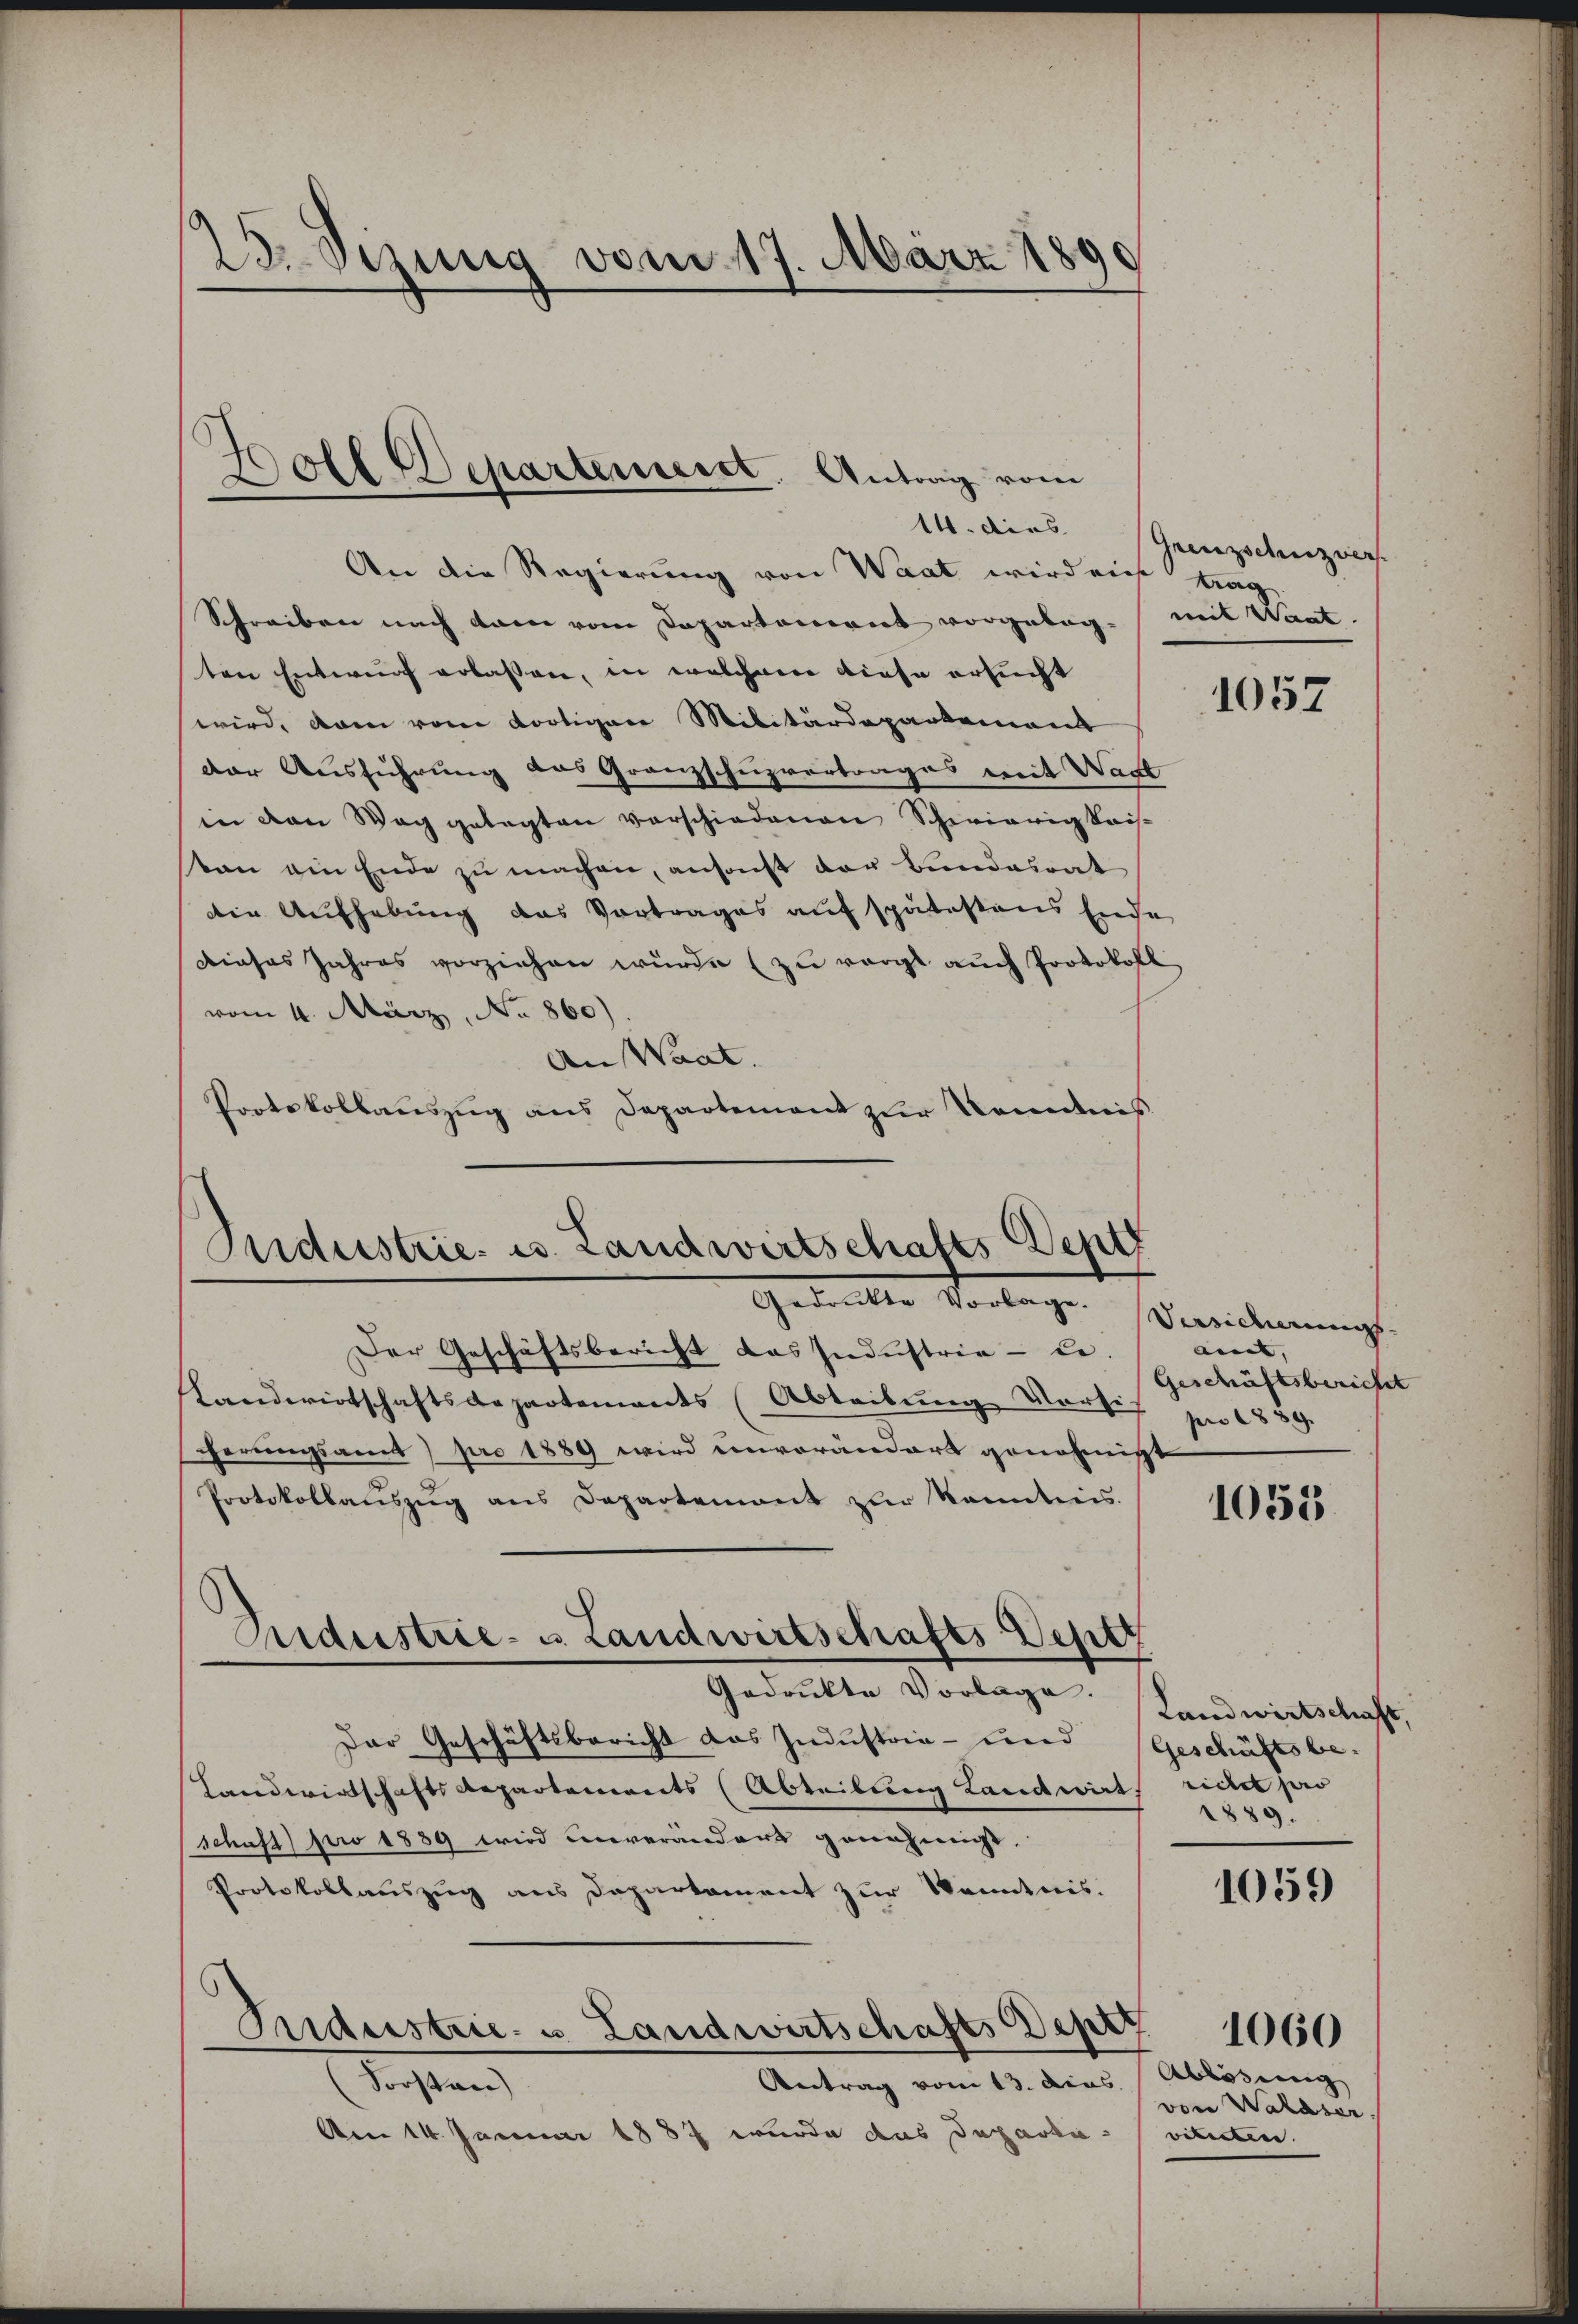
23. Sizung vom 17. März 1890

Boll Departeniesst. Antrag vom
14. dies

An die Regierung von Waat wird nicht trag
Schreiben nach dann vom Departeniret vorgeleg- mit Waat.
ten Entwurf erlassen, in welchem diese ersucht
wird, dann vom dortiger Militärdepartement
der Ausführung das Granzschuzvertrages mit Wart
in den Weg gelegten verschiedenen Schwierig kais-
tan ein Ende zu machen, ansonst der Bundesrat
die Aufhebung das Vortrages auf spätestens Ende
dieses Jahres vorziehen würde (zu vorgt auch Protokoll
vom 4. März, No 860).
An Waat.
Protokollauszug aus Departement zur Kenntnis

Suidustrie es. Landwirtschafts Dept
Gedankte Vortragen Verziehungs-

Siderstrie- u. LandwirtschaftsVeptz

Grenzschuzver

Der Geschäftsbericht das Industrie - be-
slandwirtschaftsdepartements (Abteilung Versi
ferungsamt) pro 1889 wird unverändert genehmigt
Protokollaŭszŭg ans Departemont zur kanntnis.
Gedrukte Vorlage. Landwirtschaft,
Der Geschäftsbericht das Industrie- und Geschäftsbe¬
Landwirtschaftsdepartements (Abteilung Landwirt, richt pro
schaft) pro 1889 wird unverändert genehmigt.
Protokollauszug aus Departament zur Kenntnis.
Industrie- u. Landwirtschafts Deptt
Antrag vom 13. dies
Richten
Am 14. Januar 1887 wurde das Departa¬

1057

amt, |
Geschäftsbericht
pro 1889.

1055

1889.

1059

Ablösung
von Wakaser,
vitirten.

1060